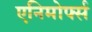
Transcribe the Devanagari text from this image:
एनिमोर्फ्स